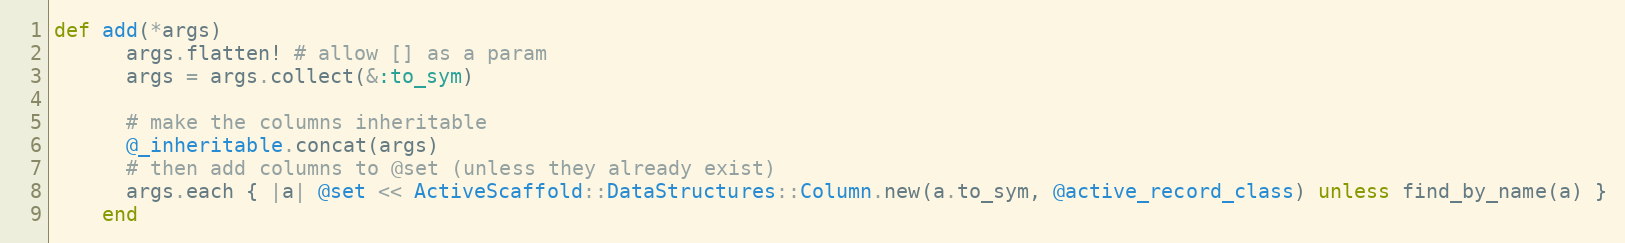
Language: Ruby
def add(*args)
      args.flatten! # allow [] as a param
      args = args.collect(&:to_sym)

      # make the columns inheritable
      @_inheritable.concat(args)
      # then add columns to @set (unless they already exist)
      args.each { |a| @set << ActiveScaffold::DataStructures::Column.new(a.to_sym, @active_record_class) unless find_by_name(a) }
    end